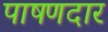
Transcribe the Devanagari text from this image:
पाषणदार